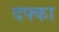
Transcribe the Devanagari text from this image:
दफ्का